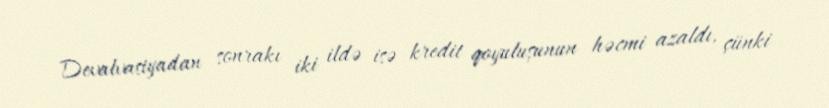
Devalvasiyadan sonrakı iki ildə isə kredit qoyuluşunun həcmi azaldı, çünki